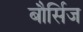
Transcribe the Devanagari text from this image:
बौर्सिज